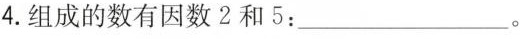
4.组成的数有因数2和5：___。